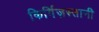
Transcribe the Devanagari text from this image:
किर्गिज़स्तानी